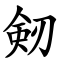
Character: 剱